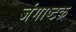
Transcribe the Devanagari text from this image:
जंगाष्टक